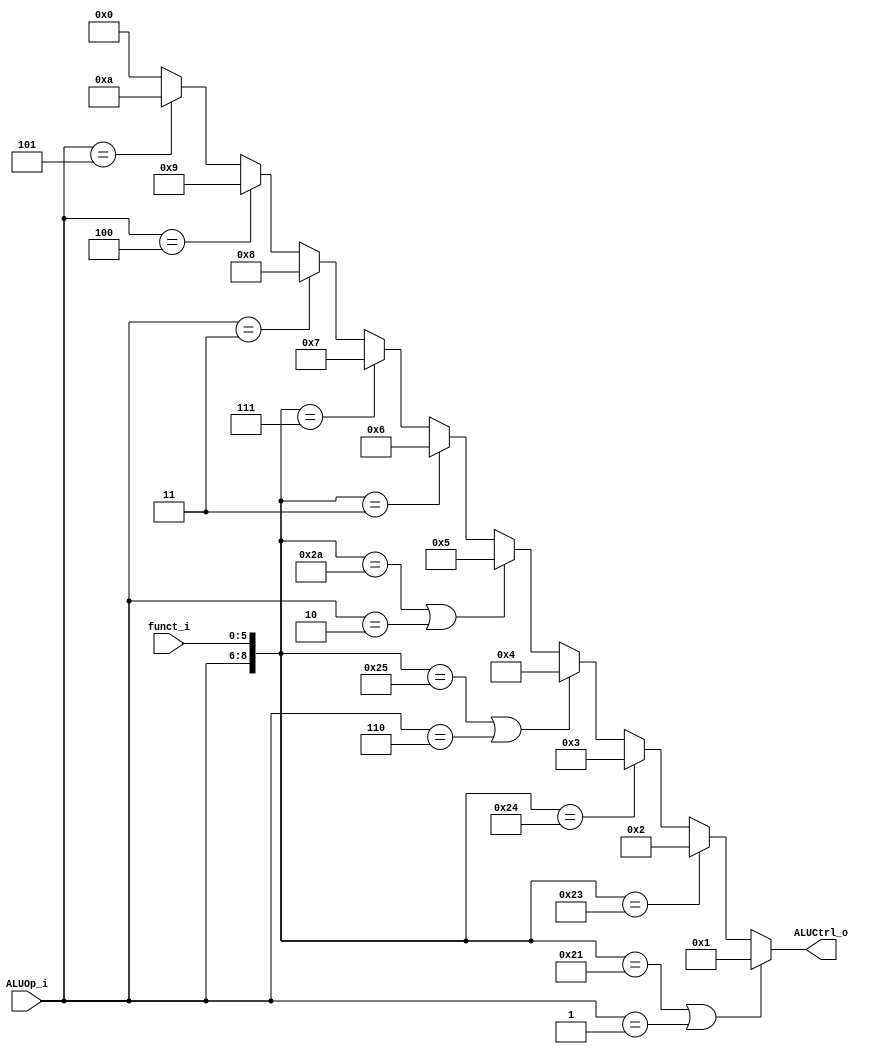
//Description: ALU controller
//--------------------------------------------------------------------------------

module ALU_Ctrl(funct_i, ALUOp_i, ALUCtrl_o);

  //I/O ports
  input      [6-1:0] funct_i;
  input      [3-1:0] ALUOp_i;

  output     [4-1:0] ALUCtrl_o;

  //Internal Signals
  wire       [4-1:0] ALUCtrl_o;

  //Parameter


  //Select exact operation
  assign ALUCtrl_o = ({ALUOp_i,funct_i} == 9'b000_100001 | ALUOp_i == 3'b001)
                                                        ? 4'b0001 :  // 1.addu,addi
                   ({ALUOp_i,funct_i} == 9'b000_100011) ? 4'b0010 :  // 2.sub
                   ({ALUOp_i,funct_i} == 9'b000_100100) ? 4'b0011 :  // 3.AND
                   ({ALUOp_i,funct_i} == 9'b000_100101 | ALUOp_i == 3'b110)
                                                        ? 4'b0100 :  // 4.OR,ORi
                   ({ALUOp_i,funct_i} == 9'b000_101010 | ALUOp_i == 3'b010)
                                                        ? 4'b0101 :  // 5.slt,sltiu
                   ({ALUOp_i,funct_i} == 9'b000_000011) ? 4'b0110 :  // 6.sra
                   ({ALUOp_i,funct_i} == 9'b000_000111) ? 4'b0111 :  // 7.srav
                    (ALUOp_i == 3'b011)                 ? 4'b1000 :  // 8.beq
                    (ALUOp_i == 3'b100)                 ? 4'b1001 :  // 9.bnq
                    (ALUOp_i == 3'b101)                 ? 4'b1010 :  // 10.lui
                                                          4'b0000 ;  // 0.default

endmodule